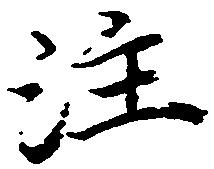
注